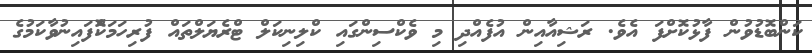
ކަންބޮޑުވުން ފާޅުކޮށްފަ އެވެ. ރަޝިއާއިން އުފެއްދި މި ވެކްސިންގައި ކްލިނިކަލް ޓްރެޔަލްތައް ފުރިހަމަކޮްފައިނުވާކަމުގެ